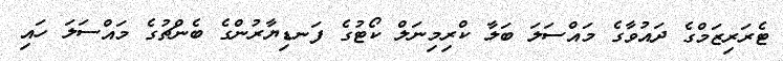
ޓެރަރިޒަމްގެ ދައުވާގެ މައްސަލަ ބަލާ ކްރިމިނަލް ކޯޓުގެ ފަނޑިޔާރުންގެ ބެންޗުގެ މައްސަލަ ހައި